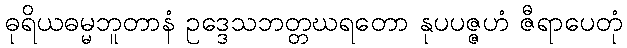
ဓုရိယဓမ္မဘူတာနံ ဥဒ္ဒေသဘတ္တဃရတော နုပပဇ္ဇဟံ ဇီရာပေတုံ